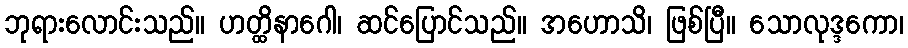
ဘုရားလောင်းသည်။ ဟတ္ထိနာဂေါ၊ ဆင်ပြောင်သည်။ အဟောသိ၊ ဖြစ်ပြီ။ သောလုဒ္ဒကော၊